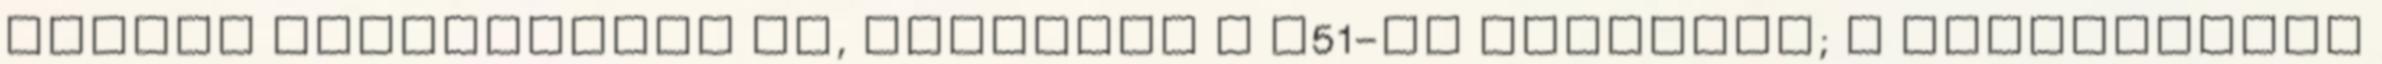
kabrió változatban is, leváltva a Z51-es csomagot; a rajtprogram